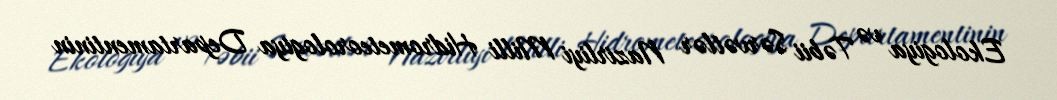
Ekologiya və Təbii Sərvətlər Nazirliyi Milli Hidrometeorologiya Departamentinin